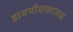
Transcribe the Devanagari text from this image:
हायपोथालामस